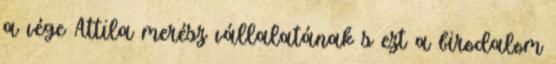
a vége Attila merész vállalatának s ezt a birodalom